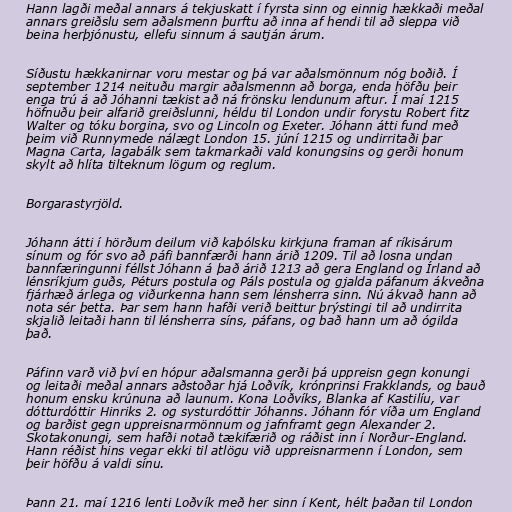
Hann lagði meðal annars á tekjuskatt í fyrsta sinn og einnig hækkaði meðal
annars greiðslu sem aðalsmenn þurftu að inna af hendi til að sleppa við
beina herþjónustu, ellefu sinnum á sautján árum.

Síðustu hækkanirnar voru mestar og þá var aðalsmönnum nóg boðið. Í
september 1214 neituðu margir aðalsmennn að borga, enda höfðu þeir
enga trú á að Jóhanni tækist að ná frönsku lendunum aftur. Í maí 1215
höfnuðu þeir alfarið greiðslunni, héldu til London undir forystu Robert fitz
Walter og tóku borgina, svo og Lincoln og Exeter. Jóhann átti fund með
þeim við Runnymede nálægt London 15. júní 1215 og undirritaði þar
Magna Carta, lagabálk sem takmarkaði vald konungsins og gerði honum
skylt að hlíta tilteknum lögum og reglum.

Borgarastyrjöld.

Jóhann átti í hörðum deilum við kaþólsku kirkjuna framan af ríkisárum
sínum og fór svo að páfi bannfærði hann árið 1209. Til að losna undan
bannfæringunni féllst Jóhann á það árið 1213 að gera England og Írland að
lénsríkjum guðs, Péturs postula og Páls postula og gjalda páfanum ákveðna
fjárhæð árlega og viðurkenna hann sem lénsherra sinn. Nú ákvað hann að
nota sér þetta. Þar sem hann hafði verið beittur þrýstingi til að undirrita
skjalið leitaði hann til lénsherra síns, páfans, og bað hann um að ógilda
það.

Páfinn varð við því en hópur aðalsmanna gerði þá uppreisn gegn konungi
og leitaði meðal annars aðstoðar hjá Loðvík, krónprinsi Frakklands, og bauð
honum ensku krúnuna að launum. Kona Loðvíks, Blanka af Kastilíu, var
dótturdóttir Hinriks 2. og systurdóttir Jóhanns. Jóhann fór víða um England
og barðist gegn uppreisnarmönnum og jafnframt gegn Alexander 2.
Skotakonungi, sem hafði notað tækifærið og ráðist inn í Norður-England.
Hann réðist hins vegar ekki til atlögu við uppreisnarmenn í London, sem
þeir höfðu á valdi sínu.

Þann 21. maí 1216 lenti Loðvík með her sinn í Kent, hélt þaðan til London